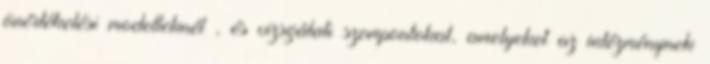
önértékelési modelleknél , és vizsgálati szempontokat, amelyeket az intézménynek